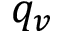
q _ { v }